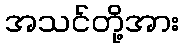
အသင်တို့အား